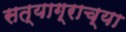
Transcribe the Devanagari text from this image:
सत्याग्राच्या